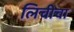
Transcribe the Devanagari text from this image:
लिचीचा